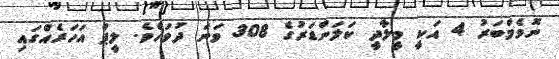
ނޮވެމްބަރު 4 އަކީ މީލާދީ ކަލަންޑަރުގެ 308 ވަނަ ދުވަހެވެ. ލީޕް އަހަރެއްގައި